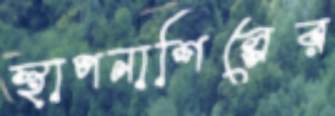
স্থাপনাশিল্পের